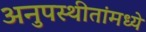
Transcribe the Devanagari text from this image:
अनुपस्थीतांमध्ये